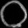
Digit: ၀